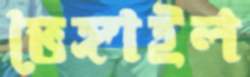
ভেঙ্গাইল